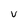
Character: v